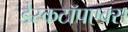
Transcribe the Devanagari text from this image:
डेस्कटॉपएक्स